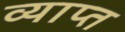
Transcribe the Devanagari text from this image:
व्याप्‍त